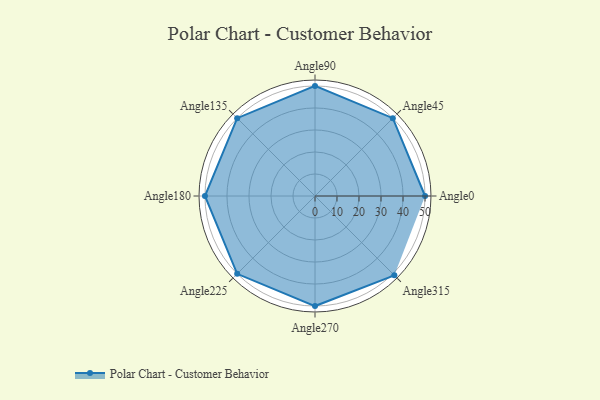
{"axis": {"x": "Angle", "y": "Radius"}, "legend": [""], "data": [{"x": "Angle0", "y": 50, "type": ""}, {"x": "Angle45", "y": 50, "type": ""}, {"x": "Angle90", "y": 50, "type": ""}, {"x": "Angle135", "y": 50, "type": ""}, {"x": "Angle180", "y": 50, "type": ""}, {"x": "Angle225", "y": 50, "type": ""}, {"x": "Angle270", "y": 50, "type": ""}, {"x": "Angle315", "y": 51.0, "type": ""}]}